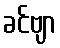
ခင်ဗျာ